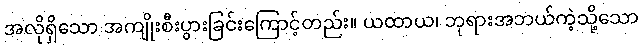
အလိုရှိသော အကျိုးစီးပွားခြင်းကြောင့်တည်း။ ယထာယ၊ ဘုရားအဘယ်ကဲ့သို့သော